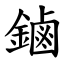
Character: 鏀